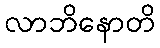
လာဘိနောတိ